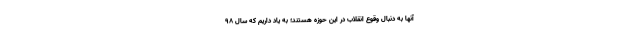
آنها به دنبال وقوع انقلاب در این حوزه هستند؛ به یاد داریم که سال ۹۸